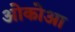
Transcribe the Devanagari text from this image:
ओकोआ